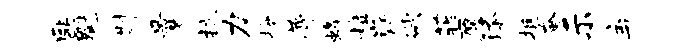
匪魁斟曩抗力拎瞢蜂粒嶷欲菲愿添挺奄示弃